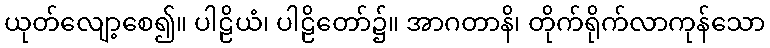
ယုတ်လျော့စေ၍။ ပါဠိယံ၊ ပါဠိတော်၌။ အာဂတာနိ၊ တိုက်ရိုက်လာကုန်သော